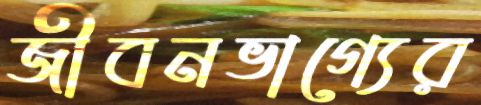
জীবনভাগ্যের